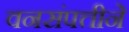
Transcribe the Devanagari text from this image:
वनसंपत्तीने